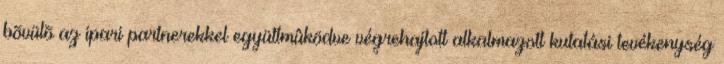
bõvülõ az ipari partnerekkel együttmûködve végrehajtott alkalmazott kutatási tevékenység